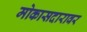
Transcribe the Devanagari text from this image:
मोकासदारावर